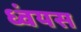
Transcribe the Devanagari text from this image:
ध्वंयस